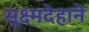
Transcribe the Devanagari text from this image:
सूक्ष्मदेहाने